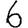
Digit: 6